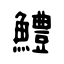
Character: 鱧